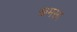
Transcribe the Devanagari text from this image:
खमसा